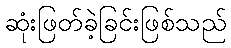
ဆုံးဖြတ်ခဲ့ခြင်းဖြစ်သည်